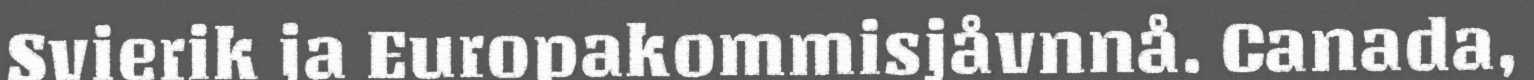
Svierik ja Europakommisjåvnnå. Canada,